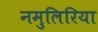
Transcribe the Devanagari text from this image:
नमुलिरिया